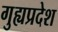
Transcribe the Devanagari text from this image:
गुह्यप्रदेश